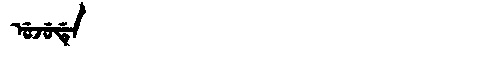
Manchu: ᡠᠵᡠᡩᡝ
Romanization: UJUDE